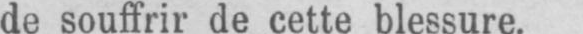
de souffrir de cette blessure.